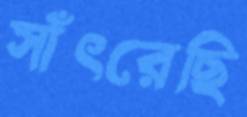
সাঁৎরেছি